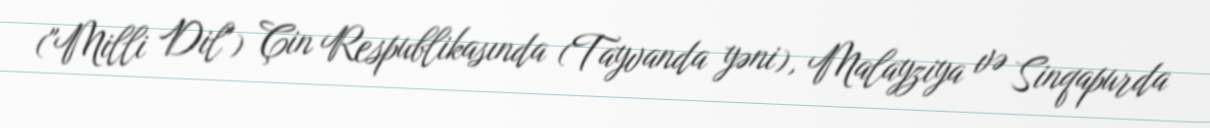
("Milli Dil") Çin Respublikasında (Tayvanda yəni), Malayziya və Sinqapurda